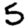
Digit: 5